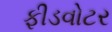
ફીડવોટર